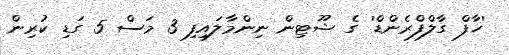
'ހާފް ގާލްފްރެންޑް' ގެ ޝޫޓިން ނިންމާލައިފި 3 މަސް 5 ގަޑި ކުރިން